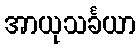
အာယုသင်္ခယာ